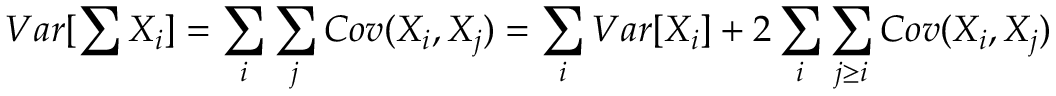
V a r [ \sum X _ { i } ] = \sum _ { i } \sum _ { j } C o v ( X _ { i } , X _ { j } ) = \sum _ { i } V a r [ X _ { i } ] + 2 \sum _ { i } \sum _ { j \ge i } C o v ( X _ { i } , X _ { j } )